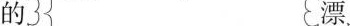
的 漂